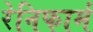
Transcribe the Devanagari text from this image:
रेनिफार्म